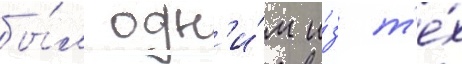
бы́л одн'и́м и́з т'е́х